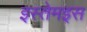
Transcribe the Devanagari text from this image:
इस्तेमइस